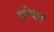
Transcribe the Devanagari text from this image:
प्रोपर